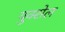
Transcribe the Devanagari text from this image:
युक्सेल